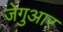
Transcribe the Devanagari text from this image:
जेगुआर